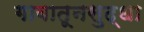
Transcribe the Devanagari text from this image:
गावातूनसुद्धा